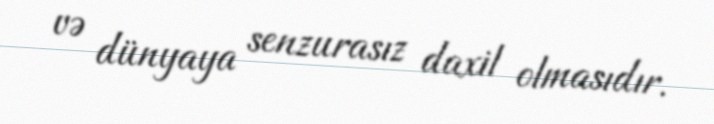
və dünyaya senzurasız daxil olmasıdır.